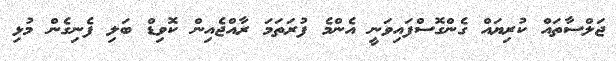
ޖަލްސާތައް ކުރިޔައް ގެންގޮސްފައިވަނީ އެންމެ ފުރަތަމަ ރާއްޖެއިން ކޮވިޑް ބަލި ފެނިގެން މުޅި